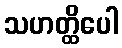
သဟတ္ထိပေါ